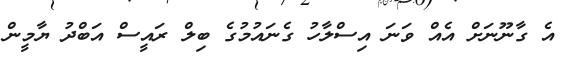
އެ ގާނޫނަށް އެއް ވަނަ އިސްލާހު ގެނައުމުގެ ބިލް ރައީސް އަބްދު ޔާމީން